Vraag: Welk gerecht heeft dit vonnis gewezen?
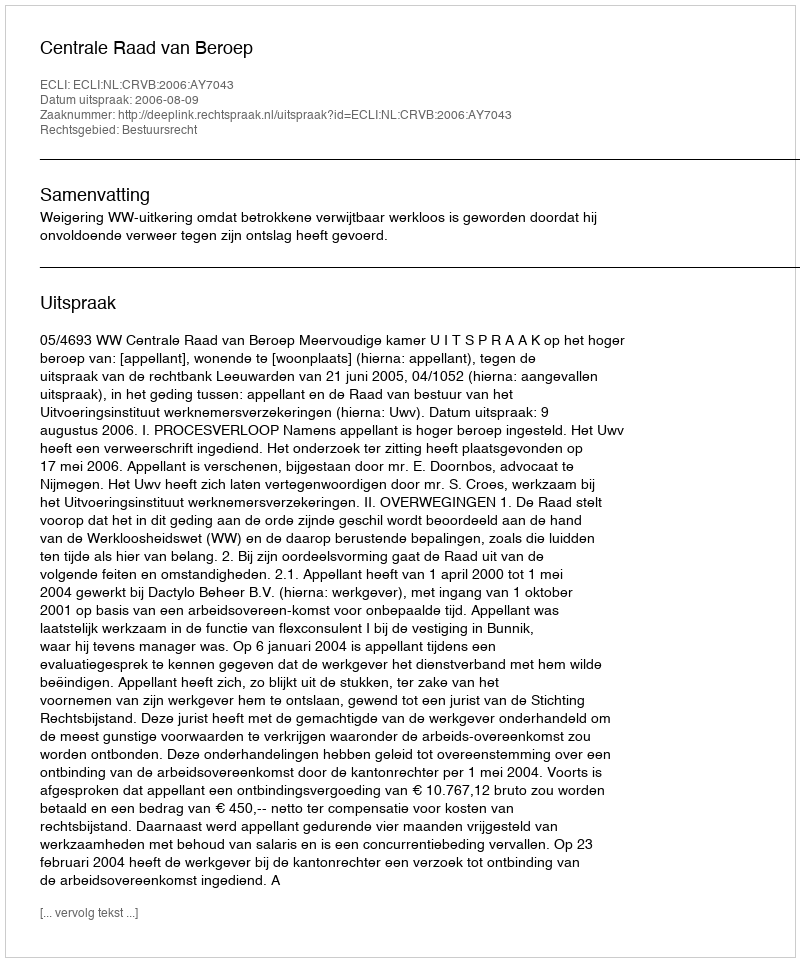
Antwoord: Centrale Raad van Beroep